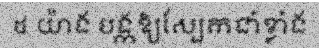
៥ យ៉ាង បង្កឱ្យស្បែកជាំខ្លាំង